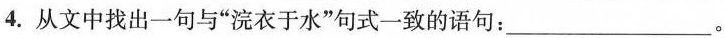
4.从文中找出一句与”浣衣于水”句式一致的语句：___